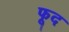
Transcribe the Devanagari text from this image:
फूद